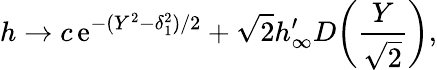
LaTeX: h\to c\, \textrm{e}^{-(Y^{2}-\delta_{1}^{2})/2}+\sqrt{2}h_{\infty}^{\prime}D\biggl(\frac{Y}{\sqrt{2}}\biggr),